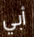
أبي